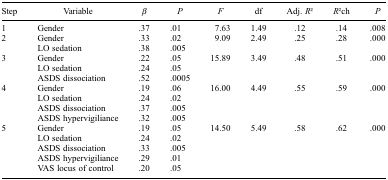
<table><thead><tr><td><b>Step</b></td><td><b>Variable</b></td><td><b><i>β</i></b></td><td><b><i>P</i></b></td><td><b><i>F</i></b></td><td><b>df</b></td><td><b>Adj. <i>R</i>2</b></td><td><b><i>R</i>2ch</b></td><td><b><i>P</i></b></td></tr></thead><tbody><tr><td>1</td><td>Gender</td><td>.37</td><td>.01</td><td>7.63</td><td>1.49</td><td>.12</td><td>.14</td><td>.008</td></tr><tr><td>2</td><td>Gender</td><td>.33</td><td>.02</td><td>9.09</td><td>2.49</td><td>.25</td><td>.28</td><td>.000</td></tr><tr><td> </td><td>LO sedation</td><td>.38</td><td>.005</td><td> </td><td> </td><td> </td><td> </td><td> </td></tr><tr><td>3</td><td>Gender</td><td>.22</td><td>.05</td><td>15.89</td><td>3.49</td><td>.48</td><td>.51</td><td>.000</td></tr><tr><td> </td><td>LO sedation</td><td>.24</td><td>.05</td><td> </td><td> </td><td> </td><td> </td><td> </td></tr><tr><td> </td><td>ASDS dissociation</td><td>.52</td><td>.0005</td><td> </td><td> </td><td> </td><td> </td><td> </td></tr><tr><td>4</td><td>Gender</td><td>.19</td><td>.06</td><td>16.00</td><td>4.49</td><td>.55</td><td>.59</td><td>.000</td></tr><tr><td> </td><td>LO sedation</td><td>.24</td><td>.02</td><td> </td><td> </td><td> </td><td> </td><td> </td></tr><tr><td> </td><td>ASDS dissociation</td><td>.37</td><td>.005</td><td> </td><td> </td><td> </td><td> </td><td> </td></tr><tr><td> </td><td>ASDS hypervigiliance</td><td>.32</td><td>.005</td><td> </td><td> </td><td> </td><td> </td><td> </td></tr><tr><td>5</td><td>Gender</td><td>.19</td><td>.05</td><td>14.50</td><td>5.49</td><td>.58</td><td>.62</td><td>.000</td></tr><tr><td> </td><td>LO sedation</td><td>.24</td><td>.02</td><td> </td><td> </td><td> </td><td> </td><td> </td></tr><tr><td> </td><td>ASDS dissociation</td><td>.33</td><td>.005</td><td> </td><td> </td><td> </td><td> </td><td> </td></tr><tr><td> </td><td>ASDS hypervigiliance</td><td>.29</td><td>.01</td><td> </td><td> </td><td> </td><td> </td><td> </td></tr><tr><td> </td><td>VAS locus of control</td><td>.20</td><td>.05</td><td> </td><td> </td><td> </td><td> </td><td> </td></tr></tbody></table>